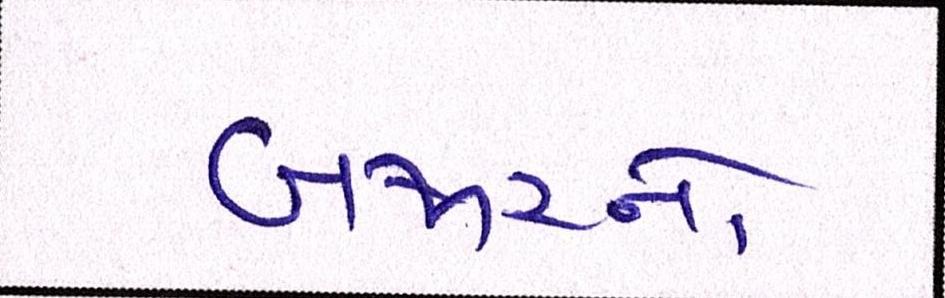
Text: બજારનો